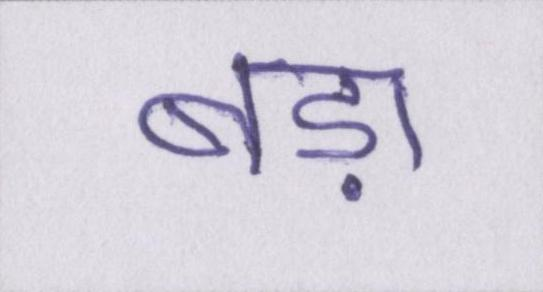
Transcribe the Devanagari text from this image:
बड़ा